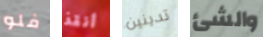
فلو أنقذ تدينين والشئ